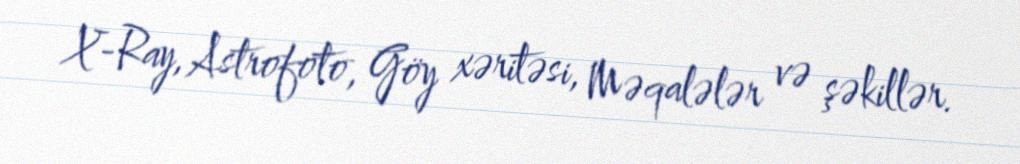
X-Ray, Astrofoto, Göy xəritəsi, Məqalələr və şəkillər.